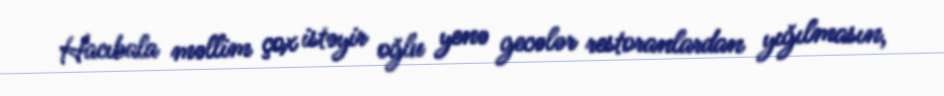
Hacıbala məllim çox istəyir oğlu yenə gecələr restoranlardan yığılmasın,